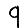
Digit: 9